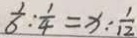
\frac { 1 } { 6 } : \frac { 1 } { 4 } = x : \frac { 1 } { 1 2 }